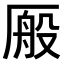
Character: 𫨕